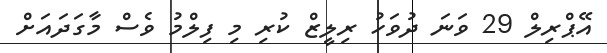
އޭޕްރިލް 29 ވަނަ ދުވަހު ރިލީޒް ކުރި މި ފިލްމު ވެސް މާގަދައަށް